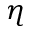
\eta